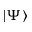
| \Psi \rangle